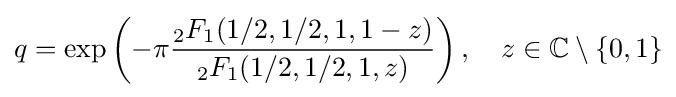
q=\exp \left(-\pi {\frac {{}_{2}F_{1}(1/2,1/2,1,1-z)}{{}_{2}F_{1}(1/2,1/2,1,z)}}\right),\quad z\in \mathbb {C} \setminus \{0,1\}